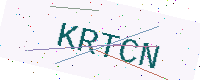
Text: KRTCN